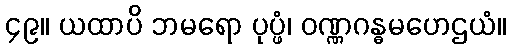
၄၉။ ယထာပိ ဘမရော ပုပ္ဖံ၊ ဝဏ္ဏဂန္ဓမဟေဌယံ။